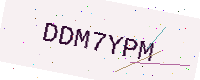
Text: DDM7YPM